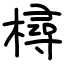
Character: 樳